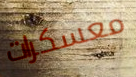
معسكرات